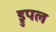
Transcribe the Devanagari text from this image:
ड्रुपल